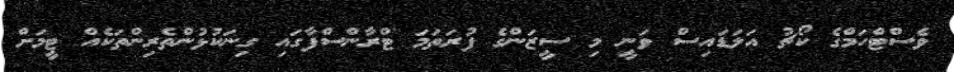
ވެސްޓްހަމްގެ ކޯޗު އަލަޑައިސް ވަނީ މި ސީޒަންގެ ފުރަތަމަ ޓްރާންސްފާގައި ގިނަކުޅުންތެރިންތަކެއް ޓީމަށް